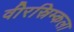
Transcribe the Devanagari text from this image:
वीरस्रिम्कला